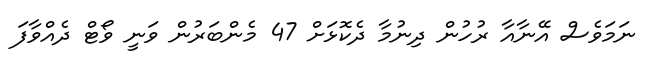
ނަމަވެސް އޭނާއާ ރުހުން ދިނުމާ ދެކޮޅަށް 47 މެންބަރުން ވަނީ ވޯޓް ދެއްވާފަ